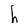
Character: h